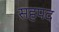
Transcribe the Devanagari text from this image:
सहपद